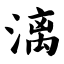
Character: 漓